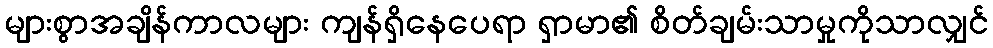
များစွာအချိန်ကာလများ ကျန်ရှိနေပေရာ ရှာမာ၏ စိတ်ချမ်းသာမှုကိုသာလျှင်